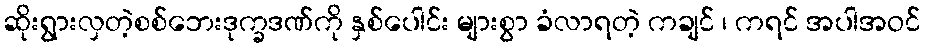
ဆိုးရွားလှတဲ့စစ်ဘေးဒုက္ခဒဏ်ကို နှစ်ပေါင်း များစွာ ခံလာရတဲ့ ကချင် ၊ ကရင် အပါအဝင်